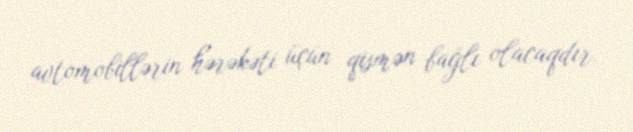
avtomobillərin hərəkəti üçün qismən bağlı olacaqdır.